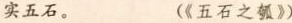
实五石。 《五石之瓠》)